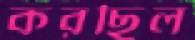
করছিল